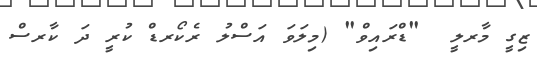
ޒިގީ މާރލީ  "ޑްރައިވް" (މިލަވަ އަސްލު ރެކޯރޑް ކުރީ ދަ ކާރސް